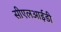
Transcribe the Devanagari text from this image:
सीएलआईडी